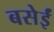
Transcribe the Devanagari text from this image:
बसेईं